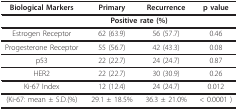
<table><thead><tr><td><b>Biological Markers</b></td><td><b>Primary</b></td><td><b>Recurrence</b></td><td><b>p value</b></td></tr></thead><tbody><tr><td></td><td colspan="2"><b>Positive rate (%)</b></td><td></td></tr><tr><td>Estrogen Receptor</td><td>62 (63.9)</td><td>56 (57.7)</td><td>0.46</td></tr><tr><td>Progesterone Receptor</td><td>55 (56.7)</td><td>42 (43.3)</td><td>0.08</td></tr><tr><td>p53</td><td>22 (22.7)</td><td>24 (24.7)</td><td>0.87</td></tr><tr><td>HER2</td><td>22 (22.7)</td><td>30 (30.9)</td><td>0.26</td></tr><tr><td>Ki-67 Index</td><td>12 (12.4)</td><td>24 (24.7)</td><td>0.012</td></tr><tr><td>(Ki-67: mean ± S.D.(%)</td><td>29.1 ± 18.5%</td><td>36.3 ± 21.0%</td><td>&lt; 0.0001 )</td></tr></tbody></table>